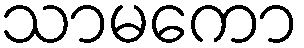
သာမကော